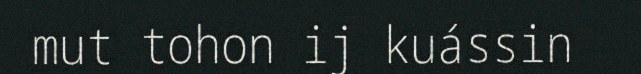
mut tohon ij kuássin